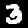
Digit: 3